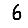
Digit: 6